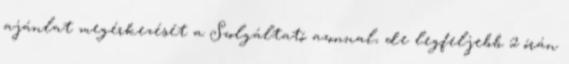
ajánlat megérkezését a Szolgáltató azonnal, de legfeljebb 2 órán